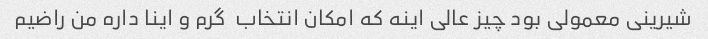
شیرینی معمولی بود چیز عالی اینه که امکان انتخاب  گرم و اینا داره من راضیم